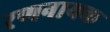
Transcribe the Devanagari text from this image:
रणनायक